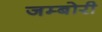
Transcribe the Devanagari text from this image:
जम्बोरी